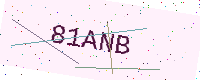
Text: 81ANB